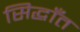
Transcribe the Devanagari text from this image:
सिद्धाँत